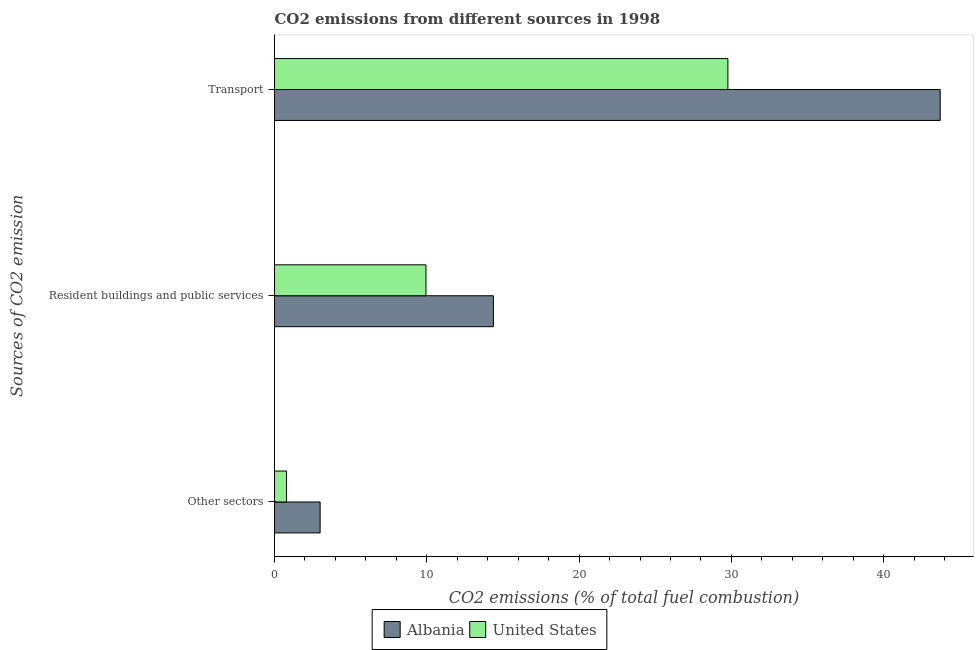
| Sources of CO2 emission | Albania | United States |
 | --- | --- | --- |
 | Other sectors | 2.99 | 0.787 |
 | Resident buildings and public services | 14.4 | 9.94 |
 | Transport | 43.7 | 29.8 |